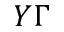
Y \Gamma